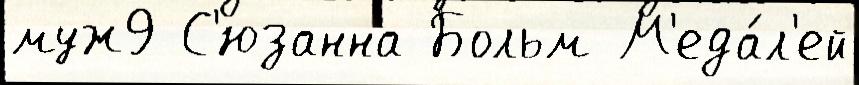
муж9 С'юзанна Больм М'еда́л'ей